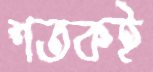
শতকই